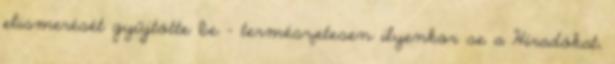
elismerését gyűjtötte be – természetesen ilyenkor se a Híradókat,